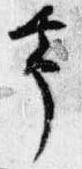
帯